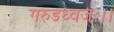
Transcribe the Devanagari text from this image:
गरुडध्वजः।।